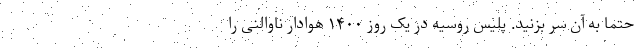
حتما به آن سر بزنید. پلیس روسیه در یک روز ۱۴۰۰ هوادار ناوالنی را